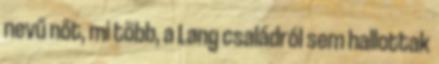
nevű nőt, mi több, a Lang családról sem hallottak